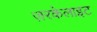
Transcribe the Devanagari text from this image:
ज़रकेलाइट